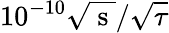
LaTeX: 10^{-10}\sqrt{\mathrm{~s~}}/\sqrt{\tau}